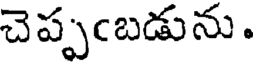
చెప్పంబడును.